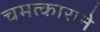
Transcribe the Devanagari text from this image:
चमत्काराने